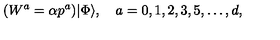
( W ^ { a } = \alpha p ^ { a } ) | \Phi \rangle , \quad a = 0 , 1 , 2 , 3 , 5 , \dots , d ,